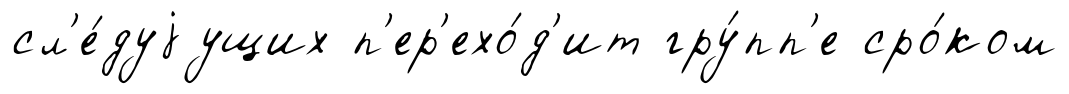
сл'е́дуjущих п'ер'ехо́д'ит гру́пп'е сро́ком